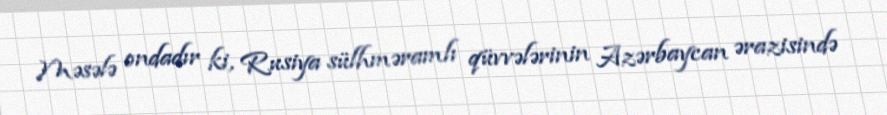
Məsələ ondadır ki, Rusiya sülhməramlı qüvvələrinin Azərbaycan ərazisində